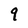
Character: q